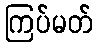
ကြပ်မတ်